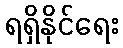
ရရှိနိုင်ရေး